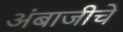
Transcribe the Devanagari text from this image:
अंबाजीचे